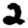
Digit: 2